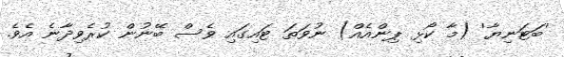
'ބަޓަނިޔާ' (މާ ކޯޅި ޕިންއެއް) ނުވަތަ ޓައިގައި ވެސް ބޭނުން ކުރެވިދާނެ އެވެ.